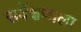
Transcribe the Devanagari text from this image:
सर्वेक्षणाला